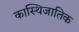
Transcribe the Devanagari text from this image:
कास्थिजातिक